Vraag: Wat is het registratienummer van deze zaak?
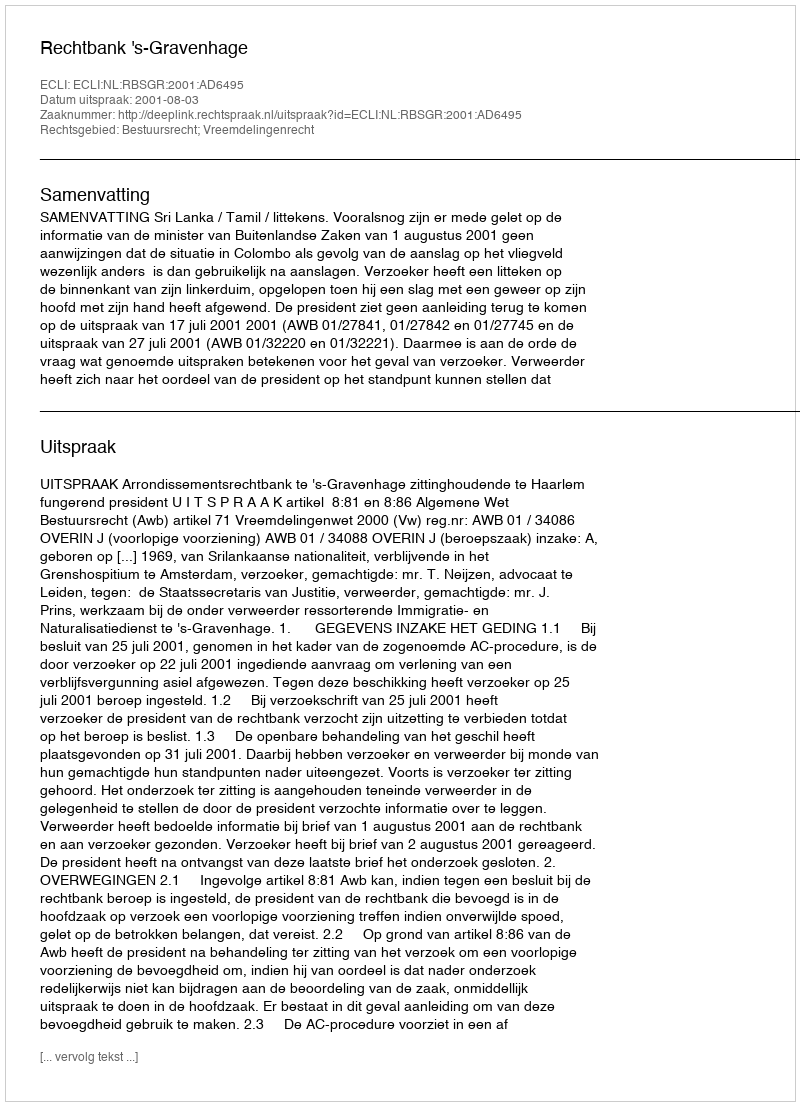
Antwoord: http://deeplink.rechtspraak.nl/uitspraak?id=ECLI:NL:RBSGR:2001:AD6495